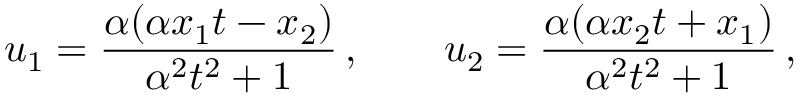
u _ { 1 } = \frac { \alpha ( \alpha { x _ { 1 } } t - { x _ { 2 } } ) } { \alpha ^ { 2 } t ^ { 2 } + 1 } \, , \qquad u _ { 2 } = \frac { \alpha ( \alpha { x _ { 2 } } t + { x _ { 1 } } ) } { \alpha ^ { 2 } t ^ { 2 } + 1 } \, ,